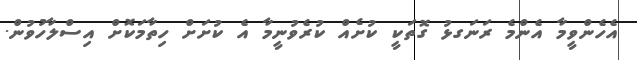
އެހެންވީމާ އެންމެ ރަނަގޅު ގޮތަކީ ކުށެއް ކުރެވުނީމާ އެ ކުށަށް ހިތާމަކޮށް އިސްލާހުވުން.